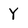
Character: Y